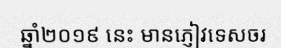
ឆ្នាំ២០១៩ នេះ មានភ្ញៀវទេសចរ